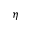
\eta